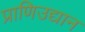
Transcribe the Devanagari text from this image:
प्राणिउद्यान